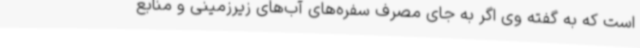
است که به گفته وی اگر به جای مصرف سفره‌های آب‌های زیرزمینی و منابع